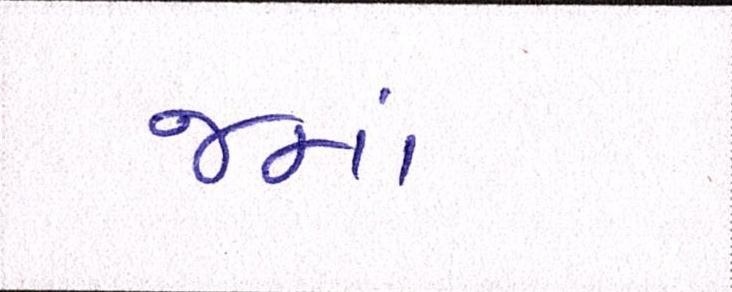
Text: જમાં